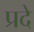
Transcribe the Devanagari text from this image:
प्रदे